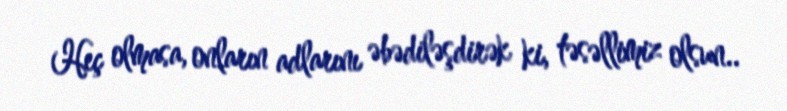
Heç olmasa, onların adlarını əbədiləşdirək ki, təsəllimiz olsun..